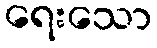
ရေးသော